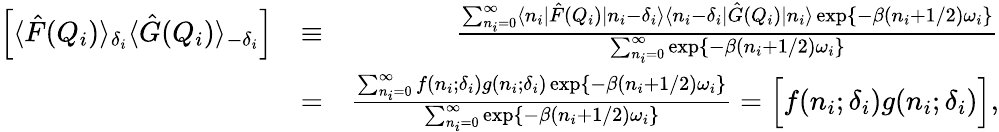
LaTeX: \begin{array}{rlr}{\left[\langle\hat{F}(Q_{i})\rangle_{\delta_{i}}\langle\hat{G}(Q_{i})\rangle_{-\delta_{i}}\right]}&{\equiv}&{\frac{\sum_{n_{i}=0}^{\infty}\langle n_{i}|\hat{F}(Q_{i})|n_{i}-\delta_{i}\rangle\langle n_{i}-\delta_{i}|\hat{G}(Q_{i})|n_{i}\rangle\exp\left\{ -\beta(n_{i}+1/2)\omega_{i}\right\} }{\sum_{n_{i}=0}^{\infty}\exp\left\{ -\beta(n_{i}+1/2)\omega_{i}\right\} }}\\ &{=}&{\frac{\sum_{n_{i}=0}^{\infty}f(n_{i};\delta_{i})g(n_{i};\delta_{i})\exp\left\{ -\beta(n_{i}+1/2)\omega_{i}\right\} }{\sum_{n_{i}=0}^{\infty}\exp\left\{ -\beta(n_{i}+1/2)\omega_{i}\right\} }=\Big[f(n_{i};\delta_{i})g(n_{i};\delta_{i})\Big],}\end{array}